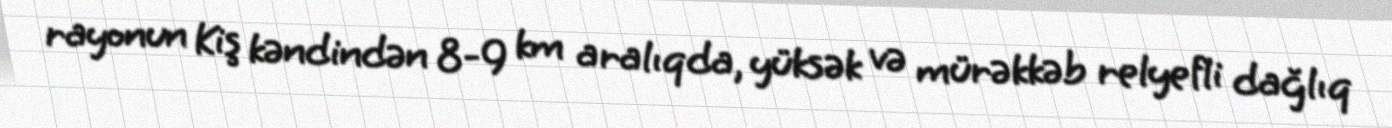
rayonun Kiş kəndindən 8-9 km aralıqda, yüksək və mürəkkəb relyefli dağlıq